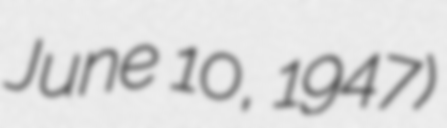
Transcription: June 10, 1947)